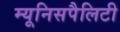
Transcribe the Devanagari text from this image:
म्यूनिसपैलिटी